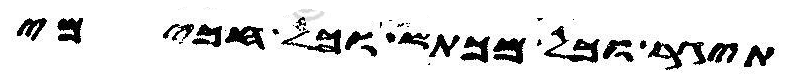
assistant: תיגר וכל מכתש וכל חכימי